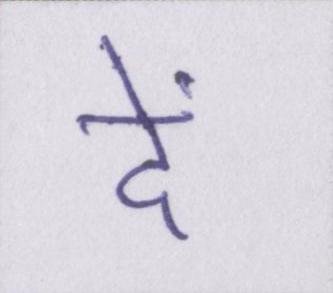
दें